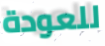
للعودة